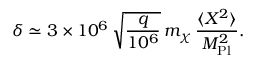
\delta \simeq 3 \times 1 0 ^ { 6 } \, \sqrt { \frac { q } { 1 0 ^ { 6 } } } \, m _ { \chi } \, \frac { \langle X ^ { 2 } \rangle } { M _ { \mathrm { P l } } ^ { 2 } } .